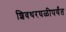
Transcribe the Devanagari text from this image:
शिवथरघळीपर्यंत